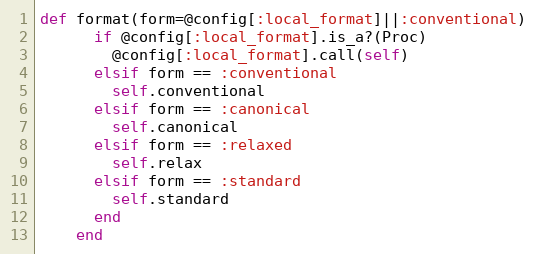
Language: Ruby
def format(form=@config[:local_format]||:conventional)
      if @config[:local_format].is_a?(Proc)
        @config[:local_format].call(self)
      elsif form == :conventional
        self.conventional
      elsif form == :canonical
        self.canonical
      elsif form == :relaxed
        self.relax
      elsif form == :standard
        self.standard
      end
    end